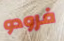
فرودو